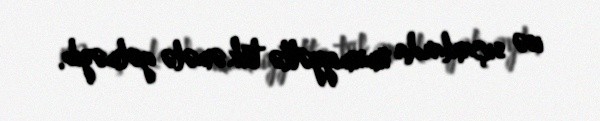
isə siçanlarda ümumiyyətlə tük əmələ gəlməyib.